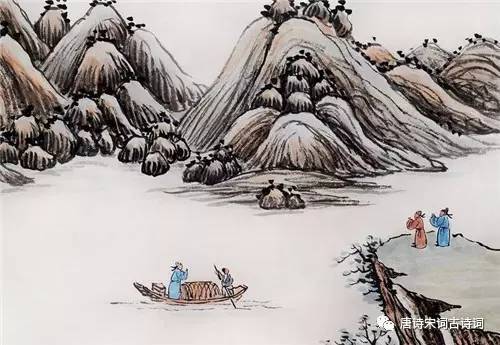
今夜送归灯火冷，河塘，堕泪羊公却姓杨。